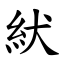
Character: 紎